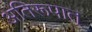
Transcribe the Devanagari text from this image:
अतिरूपात्